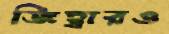
জিহ্বারও